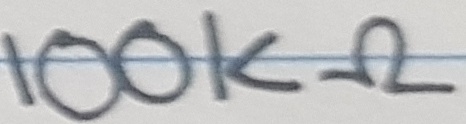
Text: 100KΩ